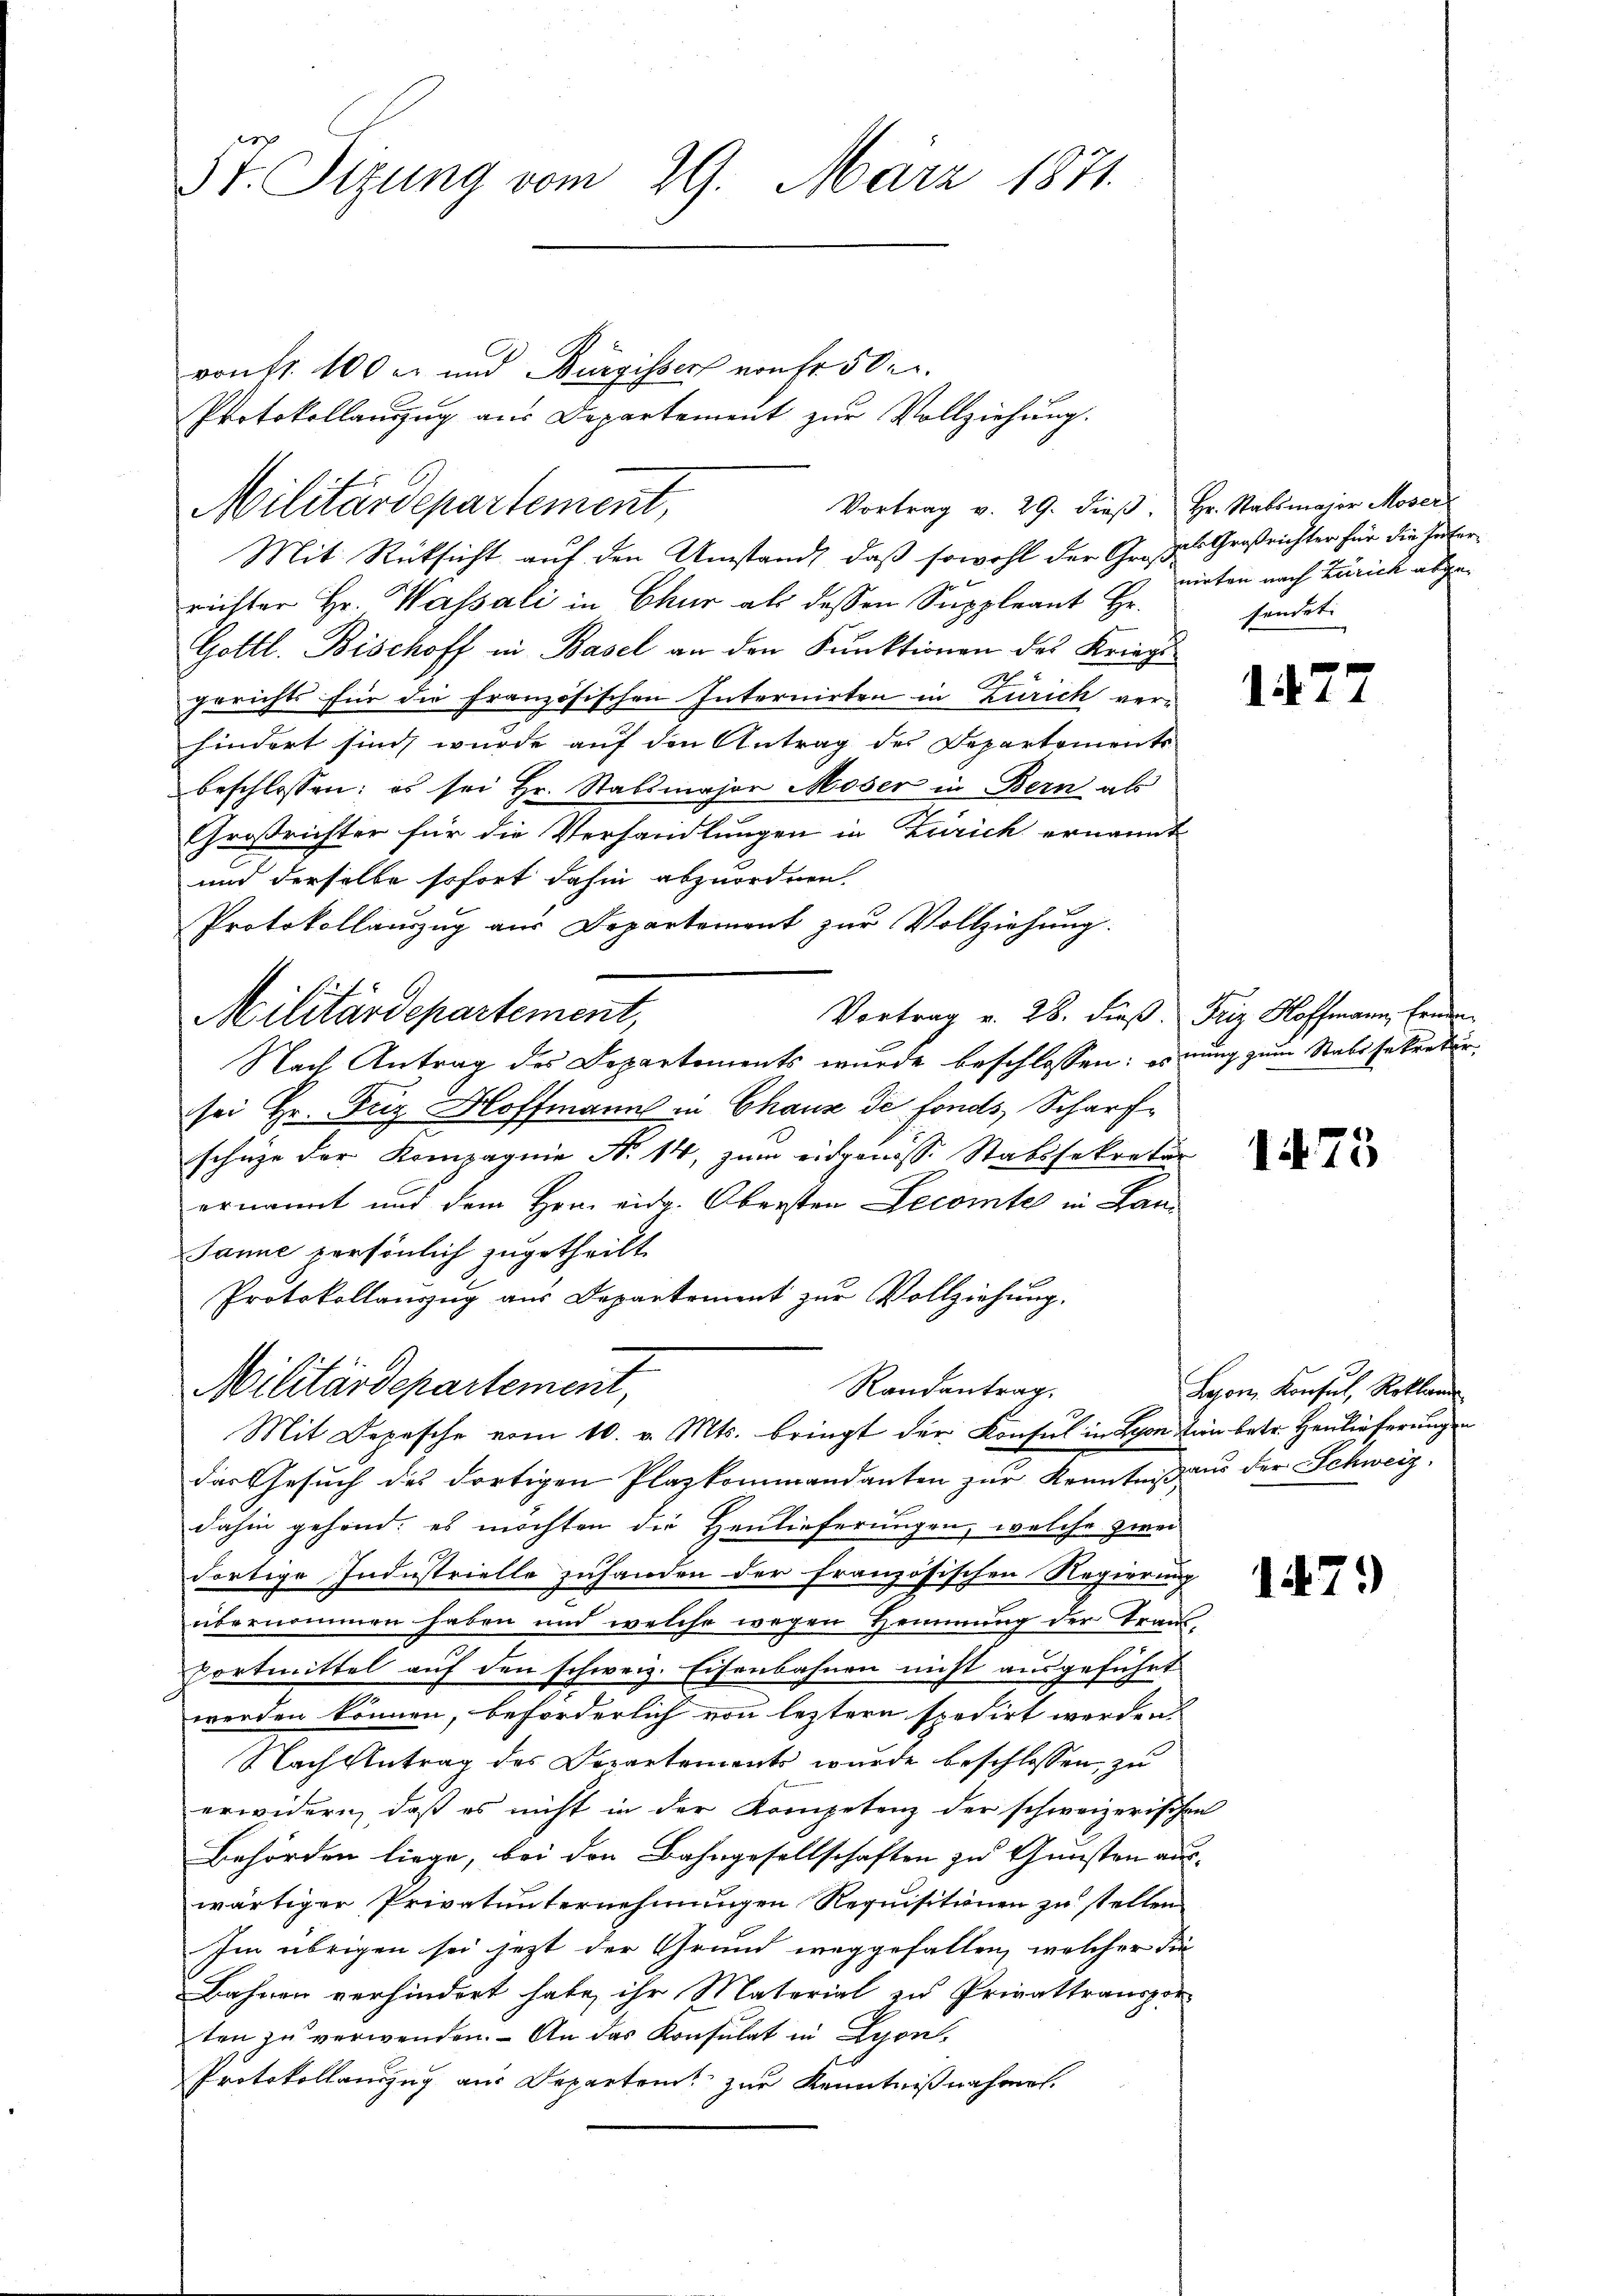
St. Sizung vom 29. März 1871.

vonFr. 100 l. und Bürgisser von fr. 502.
Protokollanzug aus Departement zur Vollziehung.
Vortrag v. 29. dieβ. Hr. Stabsmajor Moser
Militärdepartement,

Militärdepartement,

Mit Rücksicht auf den Umstand, daß sowohl der Großrichter Hr. Wassali in Chur als dessen Suppleant Hr.
Gottl. Bischoff in Basel an den Funktionen des Kriegsgerichts für die französischen Internirten in Zürich verhindert sind, wurde auf den Antrag des Departements
beschlossen: es sei Hr. Stabsmajor Moser in Bern als
Großrichter für die Verhandlungen in Zürich ernannt
und derselbe sofort dahin abzuordnen.
Protokollanzug aus Departement zur Vollziehung.
Vortrag v. 28. dieß. Friz Hoffmann, Ernen
Nach Antrag des Departements wurde beschlossen: es nung zum Stabssekretir
sei Hr. Friz Bloffmann in Chaus de fonds Scharfschüge der Kompagnie N. 14, zum eidgenöss. Stabssekretär
ernannt und dem Hrn. eidg. Obersten Decomtes in Lan¬
Janne persönlich zugetheilt.
Protokollanzug aus Departement zur Vollziehung.
Militärdepartement,
Randantrag.
Mit Depesche vom 10. v. Mts. bringt der Konsul in Lyon tun betr. Heulieferungen
das Gesuch des dortigen Plazkommandanten zur Kenntniß aus der Schweiz.
dahin gehend; es möchten die Heulieferungen, welche zwei
dortige Industrielle zuhanden der französischen Regierung
f
übernommen haben und welche wegen Hemmung der Traus¬
Fortmittel auf den schweiz. Eisenbahnen nicht ausgeführt
werden können, beförderlich von letztere spedirt werden
Nach Antrag des Departements wurde beschlossen, zu
erwidern, daß es nicht in der Kompetenz der schweizerischen
Behörden liege, bei den Bahngesellschaften zu Gunsten aus-
wärtiger Privatunternehmungen Requisitinen zu stellen.
Im übrigen sei jetzt der Grund weggefallen, welcher die
Bahnen verhindert habe, ihr Material zu Privattranspor
ten zu verwenden. - An das Konsulat in Lyon,
Protokollauszug aus Departen zur Kenntnißnahmen.

als Großrichter für die Hofer
nirten nach Zürich abgesendet

1477

1475

Lyon, Konsul, Reklam

147.